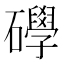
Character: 𥗙